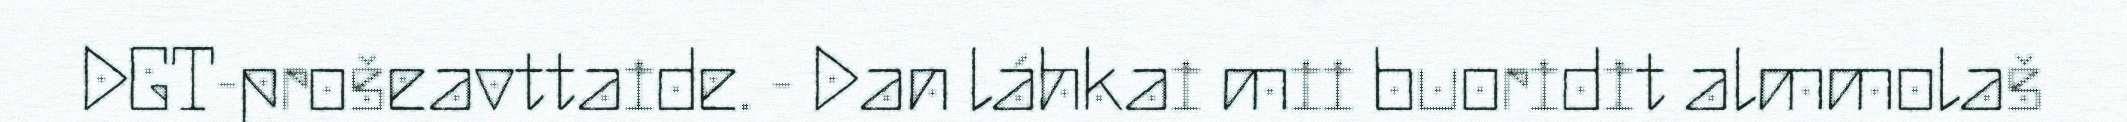
DGT-prošeavttaide. - Dan láhkai mii buoridit almmolaš